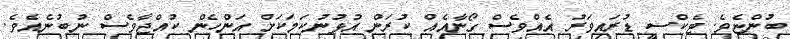
ބުންޏެވެ. ޓެކްސީ ޑުރައިވަރު އެއްވެސް ގޯނާއެއް ކުރަން އުޅުނުކަމަކަށް އަންހެން ކުއްޖާވެސް ނުބުނެއެވެ.